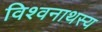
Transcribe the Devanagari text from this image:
विश्वनाथस्य